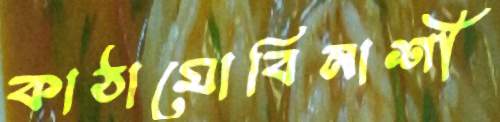
কাঠামোবিনাশী